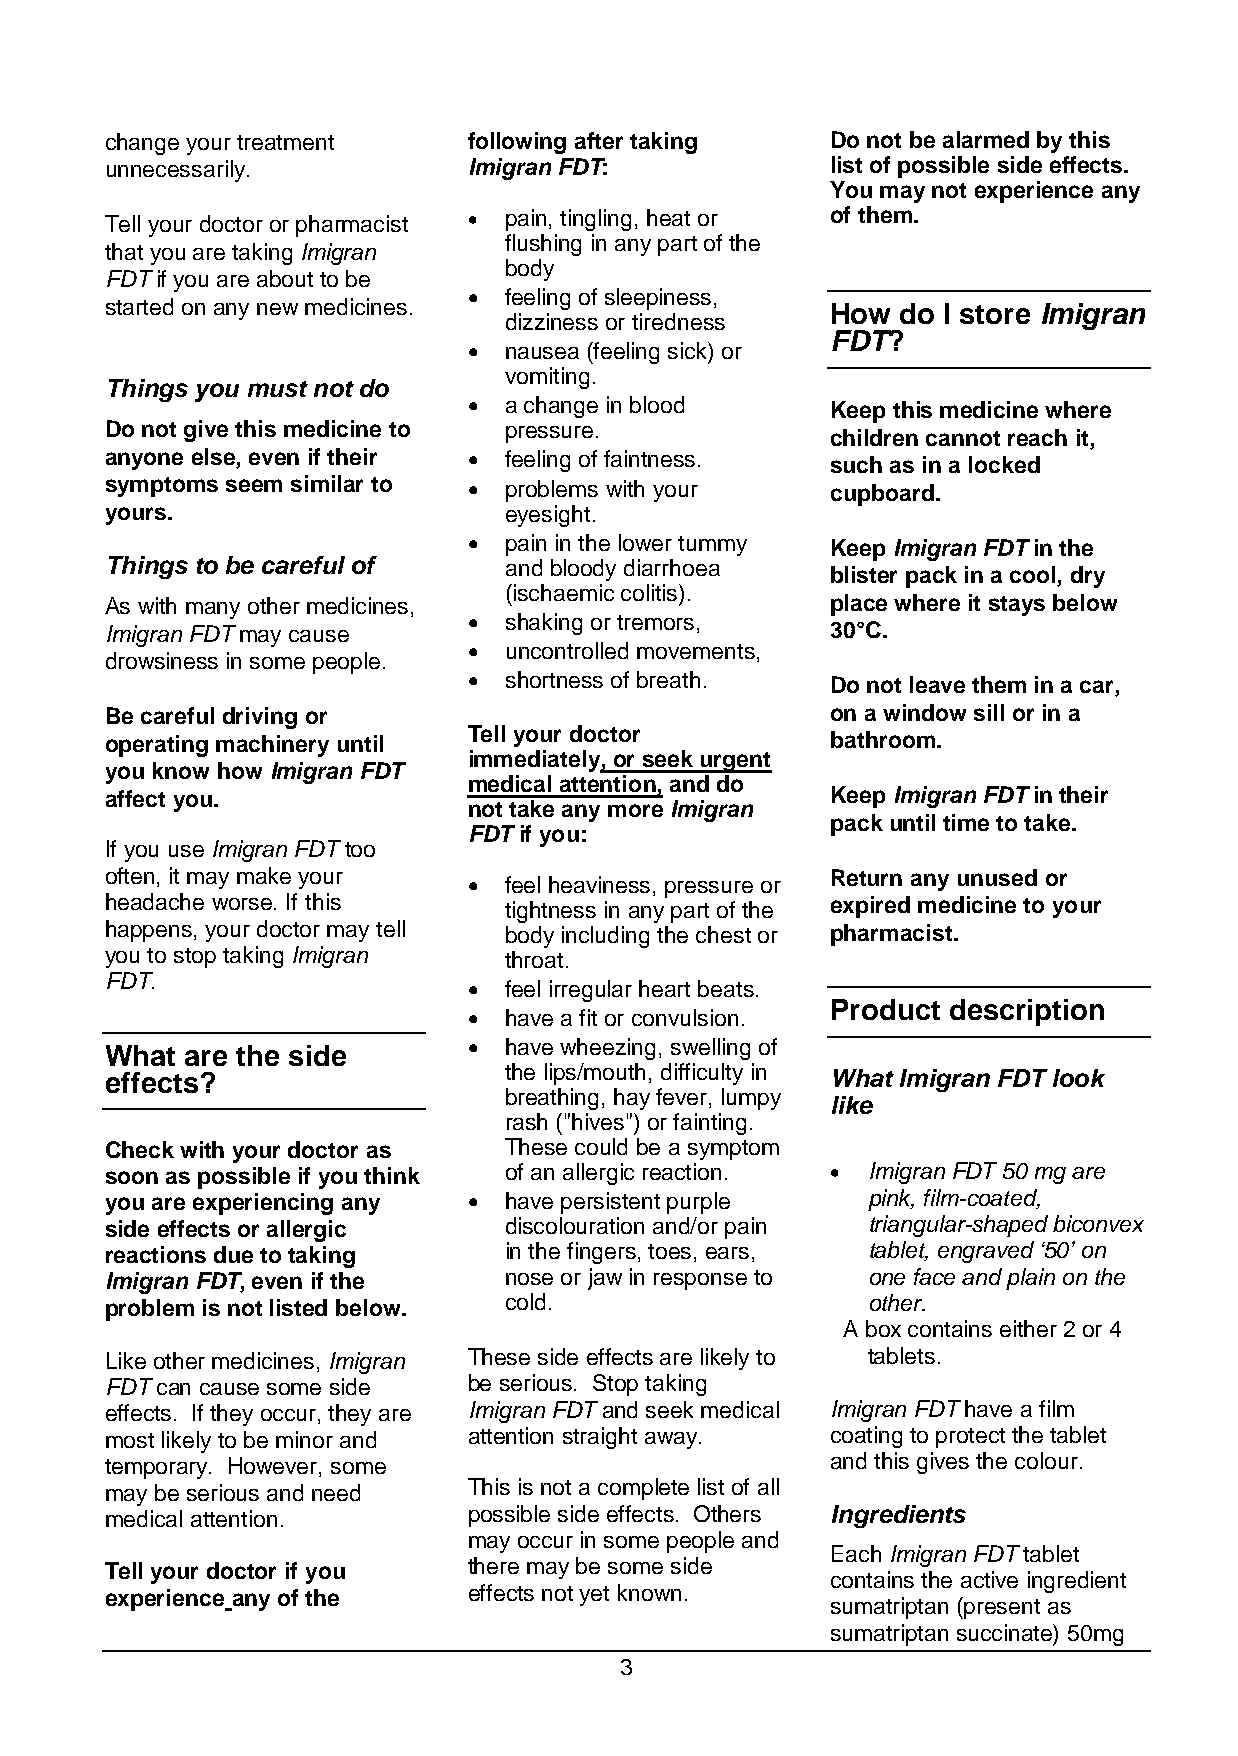
change your treatment   following after taking  Do not be alarmed by this
 unnecessarily.          Imigran FDT:            list of possible side effects.
 You may not experience any
 • pain, tingling, heat or of them.
 Tell your doctor or pharmacist
 flushing in any part of the
 that you are taking Imigran
 body
 FDT if you are about to be
 • feeling of sleepiness,
 started on any new medicines.
 How  do I store Imigran
 dizziness or tiredness
 FDT?
 • nausea (feeling sick) or
 vomiting.
 Things you must not do
 • a change in blood     Keep this medicine where
 Do not give this medicine to pressure.
 children cannot reach it,
 anyone else, even if their • feeling of faintness.
 such as in a locked
 symptoms seem similar to • problems with your   cupboard.
 yours.                    eyesight.
 • pain in the lower tummy Keep Imigran FDT in the
 Things to be careful of   and bloody diarrhoea
 blister pack in a cool, dry
 (ischaemic colitis).
 As with many other medicines,                   place where it stays below
 • shaking or tremors,
 Imigran FDT may cause                           30°C.
 • uncontrolled movements,
 drowsiness in some people.
 • shortness of breath.  Do not leave them in a car,
 Be careful driving or                           on a window sill or in a
 operating machinery until Tell your doctor      bathroom.
 immediately, or seek urgent
 you know how Imigran FDT
 medical attention, and do
 affect you.                                     Keep Imigran FDT in their
 not take any more Imigran
 pack until time to take.
 FDT if you:
 If you use Imigran FDT too
 often, it may make your • feel heaviness, pressure or Return any unused or
 headache worse. If this   tightness in any part of the expired medicine to your
 happens, your doctor may tell body including the chest or pharmacist.
 you to stop taking Imigran throat.
 FDT.                    • feel irregular heart beats.
 • have a fit or convulsion. Product description
 What are the side
 • have wheezing, swelling of
 the lips/mouth, difficulty in
 effects?                                        What Imigran FDT look
 breathing, hay fever, lumpy
 like
 rash ("hives") or fainting.
 Check with your doctor as These could be a symptom
 soon as possible if you think of an allergic reaction. • Imigran FDT 50 mg are
 you are experiencing any • have persistent purple pink, film-coated,
 side effects or allergic  discolouration and/or pain triangular-shaped biconvex
 reactions due to taking   in the fingers, toes, ears, tablet, engraved ‘50’ on
 Imigran FDT, even if the  nose or jaw in response to one face and plain on the
 problem is not listed below. cold.                other.
 A box contains either 2 or 4
 Like other medicines, Imigran These side effects are likely to tablets.
 FDT can cause some side be serious. Stop taking
 effects. If they occur, they are Imigran FDT and seek medical Imigran FDT have a film
 most likely to be minor and attention straight away. coating to protect the tablet
 temporary. However, some                        and this gives the colour.
 may be serious and need This is not a complete list of all
 medical attention.      possible side effects. Others Ingredients
 may occur in some people and
 Each Imigran FDT tablet
 Tell your doctor if you there may be some side
 contains the active ingredient
 experience any of the   effects not yet known.
 sumatriptan (present as
 sumatriptan succinate) 50mg
 3